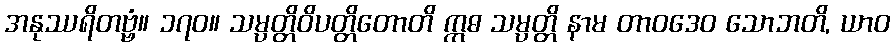
အနုဿရိတဗ္ဗံ။ ၁၇၀။ သမ္ပတ္တိဝိပတ္တိတောတိ ဣဓ သမ္ပတ္တိ နာမ တာဝဒေဝ သောဘတိ, ယာဝ